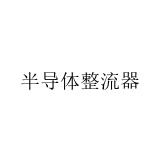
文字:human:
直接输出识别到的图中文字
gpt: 半导体整流器